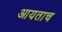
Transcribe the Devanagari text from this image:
आयताच